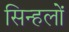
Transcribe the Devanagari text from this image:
सिन्हलों